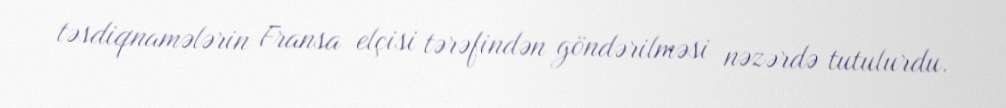
təsdiqnamələrin Fransa elçisi tərəfindən göndərilməsi nəzərdə tutulurdu.